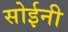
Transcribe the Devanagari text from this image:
सोईनी